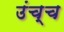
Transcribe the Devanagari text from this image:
उंच्च